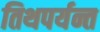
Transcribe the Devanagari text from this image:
तिथपर्यन्त